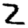
Digit: 2